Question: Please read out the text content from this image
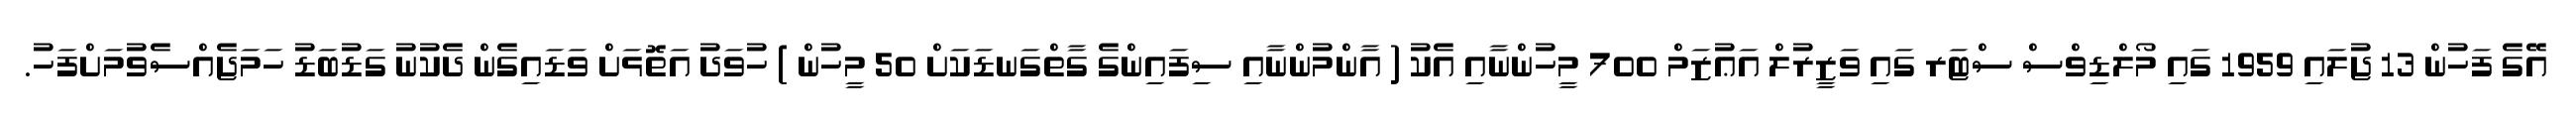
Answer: އޭގެ ފަހުން 13 ޖުލައި 1959 ގައި މޯލްޑިވްސް ސްޓަރ ގައި ވަޒީރުލް އަޢުޒަމް 700 މީހުންނާއި އެކު ( އާންމުންނާއި ސިފައިންގެ ގާތްގަނޑަކަށް 50 މީހުން ) ހުވަދު އަތޮޅަށް ވަޑައިގެން ދެކުނު ގަޑުބަޑު ހަމަޖެއްސެވުމަށްފަހު.